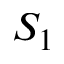
S _ { 1 }